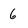
Character: 6